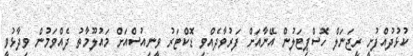
ކުޅުދުއްފުށީ ރީޖަނަލް ހޮސްޕިޓަލުން އޭނާއަށް ފަރުވާދެއްވި ޑޮކްޓަރު ވީނިއުސްއަށް މައުލޫމާތު ދެއްވަމުން ވިދާޅުވީ